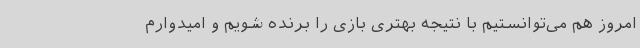
امروز هم می‌توانستیم با نتیجه بهتری بازی را برنده شویم و امیدوارم